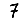
Digit: 7